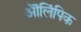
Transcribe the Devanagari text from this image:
ऒलिंपिक